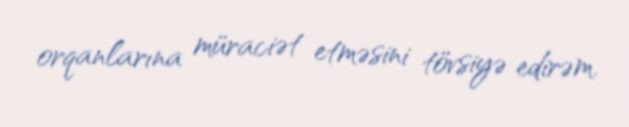
orqanlarına müraciət etməsini tövsiyə edirəm.